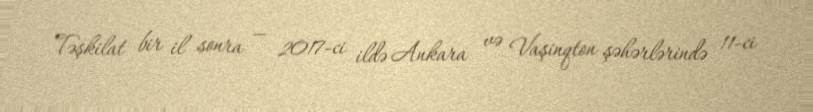
Təşkilat bir il sonra — 2017-ci ildə Ankara və Vaşinqton şəhərlərində 11-ci